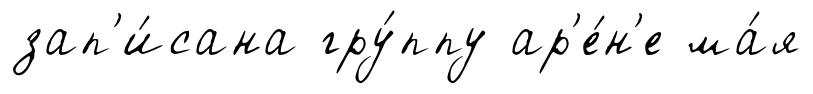
зап'и́сана гру́ппу ар'е́н'е ма́я